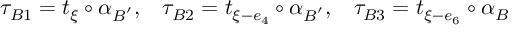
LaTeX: \tau _ { B 1 } = t _ { \xi } \circ \alpha _ { B ^ { ' } } , \; \; \; \tau _ { B 2 } = t _ { \xi - e _ { 4 } } \circ \alpha _ { B ^ { ' } } , \; \; \; \tau _ { B 3 } = t _ { \xi - e _ { 6 } } \circ \alpha _ { B }